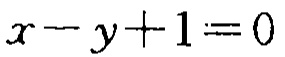
\(x - y + 1 = 0\)